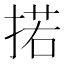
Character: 掿